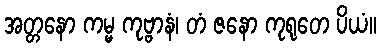
အတ္တနော ကမ္မ ကုဗ္ဗာနံ၊ တံ ဇနော ကုရုတေ ပိယံ။